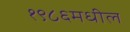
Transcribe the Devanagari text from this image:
१९८६मधील